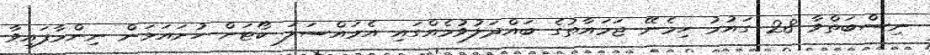
ނިސްބަތްވާ 28 ގައުމު ހިމެނޭ ޖަމައާތުގެ ބައްދަލުވުމެއްގައި އެމައްސަލަ ކޯޓަށް ހުށައަޅަން ނިންމާފައިވާ